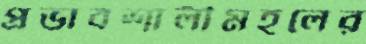
প্রভাবশালীমহলের